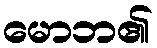
မောဘ၏